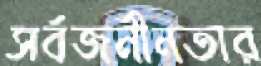
সর্বজনীনতার